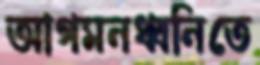
আগমনধ্বনিতে